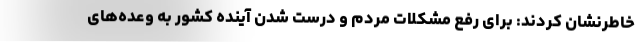
خاطرنشان کردند: برای رفع مشکلات مردم و درست شدن آینده کشور به وعده‌های